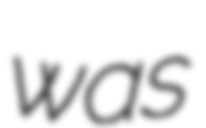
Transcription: was